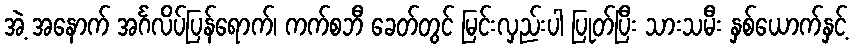
အဲ့ အနောက် အင်္ဂလိပ်ပြန်ရောက်၊ ကက်စဘီ ခေတ်တွင် မြင်းလှည်းပါ ပြုတ်ပြီး သားသမီး နှစ်ယောက်နှင့်